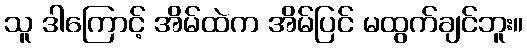
သူ ဒါကြောင့် အိမ်ထဲက အိမ်ပြင် မထွက်ချင်ဘူး။